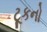
ટૂકનો